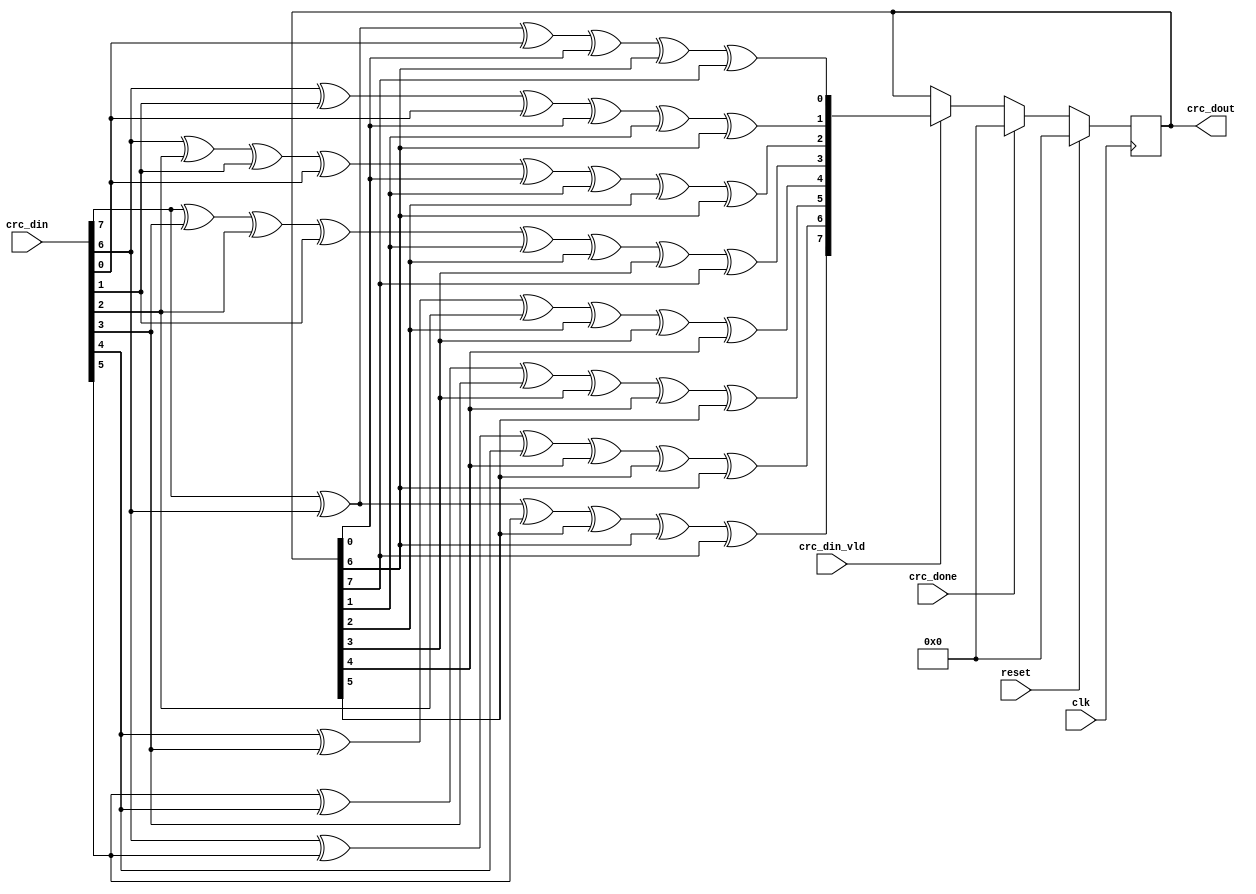
`timescale 1ns / 1ps

module crc8_d8(
	input  wire			  clk,
	input  wire           reset,

	input  wire 		  crc_din_vld, //CRC
	input  wire [7:0]     crc_din,    //CRC
	output reg  [7:0]     crc_dout,   //CRC 
	input  wire           crc_done    //CRC 
    );




/*
always @(posedge clk) begin
    if (reset) 
       crc_dout <= 0;    // 
    else if (crc_done) 
       crc_dout <= 0;  //
    else if (crc_din_vld)begin
    	crc_dout[0] = crc_din[7] ^ crc_din[6] ^ crc_din[0] ^ crc_dout[0] ^ crc_dout[6] ^ crc_dout[7];
    	crc_dout[1] = crc_din[6] ^ crc_din[1] ^ crc_din[0] ^ crc_dout[0] ^ crc_dout[1] ^ crc_dout[6];
    	crc_dout[2] = crc_din[6] ^ crc_din[2] ^ crc_din[1] ^ crc_din[0] ^ crc_dout[0] ^ crc_dout[1] ^ crc_dout[2] ^ crc_dout[6];
    	crc_dout[3] = crc_din[7] ^ crc_din[3] ^ crc_din[2] ^ crc_din[1] ^ crc_dout[1] ^ crc_dout[2] ^ crc_dout[3] ^ crc_dout[7];
    	crc_dout[4] = crc_din[4] ^ crc_din[3] ^ crc_din[2] ^ crc_dout[2] ^ crc_dout[3] ^ crc_dout[4];
    	crc_dout[5] = crc_din[5] ^ crc_din[4] ^ crc_din[3] ^ crc_dout[3] ^ crc_dout[4] ^ crc_dout[5];
    	crc_dout[6] = crc_din[6] ^ crc_din[5] ^ crc_din[4] ^ crc_dout[4] ^ crc_dout[5] ^ crc_dout[6];
    	crc_dout[7] = crc_din[7] ^ crc_din[6] ^ crc_din[5] ^ crc_dout[5] ^ crc_dout[6] ^ crc_dout[7];    	
    end      
end*/

//2

wire [7:0] crc_data;

assign crc_data[0] = crc_din[7] ^ crc_din[6] ^ crc_din[0] ^ crc_dout[0] ^ crc_dout[6] ^ crc_dout[7]; 
assign crc_data[1] = crc_din[6] ^ crc_din[1] ^ crc_din[0] ^ crc_dout[0] ^ crc_dout[1] ^ crc_dout[6];
assign crc_data[2] = crc_din[6] ^ crc_din[2] ^ crc_din[1] ^ crc_din[0] ^ crc_dout[0] ^ crc_dout[1] ^ crc_dout[2] ^ crc_dout[6];
assign crc_data[3] = crc_din[7] ^ crc_din[3] ^ crc_din[2] ^ crc_din[1] ^ crc_dout[1] ^ crc_dout[2] ^ crc_dout[3] ^ crc_dout[7];
assign crc_data[4] = crc_din[4] ^ crc_din[3] ^ crc_din[2] ^ crc_dout[2] ^ crc_dout[3] ^ crc_dout[4];
assign crc_data[5] = crc_din[5] ^ crc_din[4] ^ crc_din[3] ^ crc_dout[3] ^ crc_dout[4] ^ crc_dout[5];
assign crc_data[6] = crc_din[6] ^ crc_din[5] ^ crc_din[4] ^ crc_dout[4] ^ crc_dout[5] ^ crc_dout[6];
assign crc_data[7] = crc_din[7] ^ crc_din[6] ^ crc_din[5] ^ crc_dout[5] ^ crc_dout[6] ^ crc_dout[7]; 

always @(posedge clk) begin
    if (reset) 
       crc_dout <= 0;    // 
    else if (crc_done) 
       crc_dout <= 0;  //
    else if (crc_din_vld)begin
	   crc_dout <= crc_data ; 	
    end      
end

endmodule